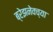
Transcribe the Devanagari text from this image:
ब्रेझनेवच्या